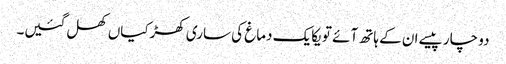
دو چار پیسے ان کے ہاتھ آئے تو یکایک دماغ کی ساری کھڑکیاں کھل گئیں۔